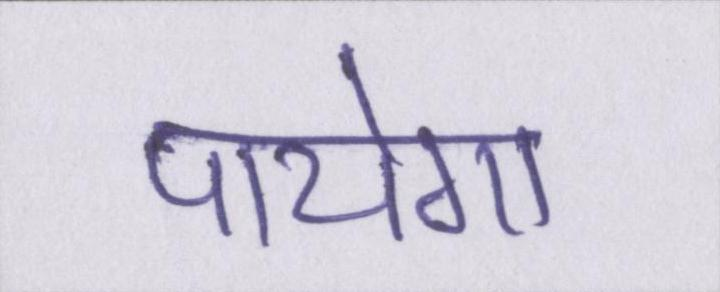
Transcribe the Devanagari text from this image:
पायेगा